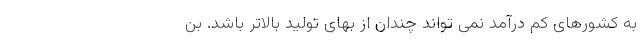
به کشورهای کم درآمد نمی تواند چندان از بهای تولید بالاتر باشد. بن